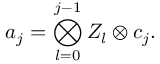
a _ { j } = \bigotimes _ { l = 0 } ^ { j - 1 } Z _ { l } \otimes c _ { j } .